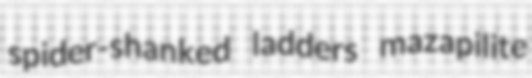
spider-shanked ladders mazapilite